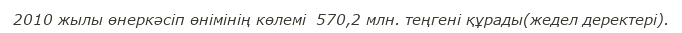
2010 жылы өнеркәсіп өнімінің көлемі  570,2 млн. теңгені құрады(жедел деректерi).